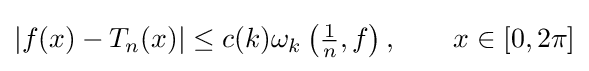
|f(x)-T_{n}(x)|\leq c(k)\omega _{k}\left({\tfrac {1}{n}},f\right),\qquad x\in [0,2\pi ]